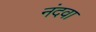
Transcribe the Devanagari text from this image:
नंदवा